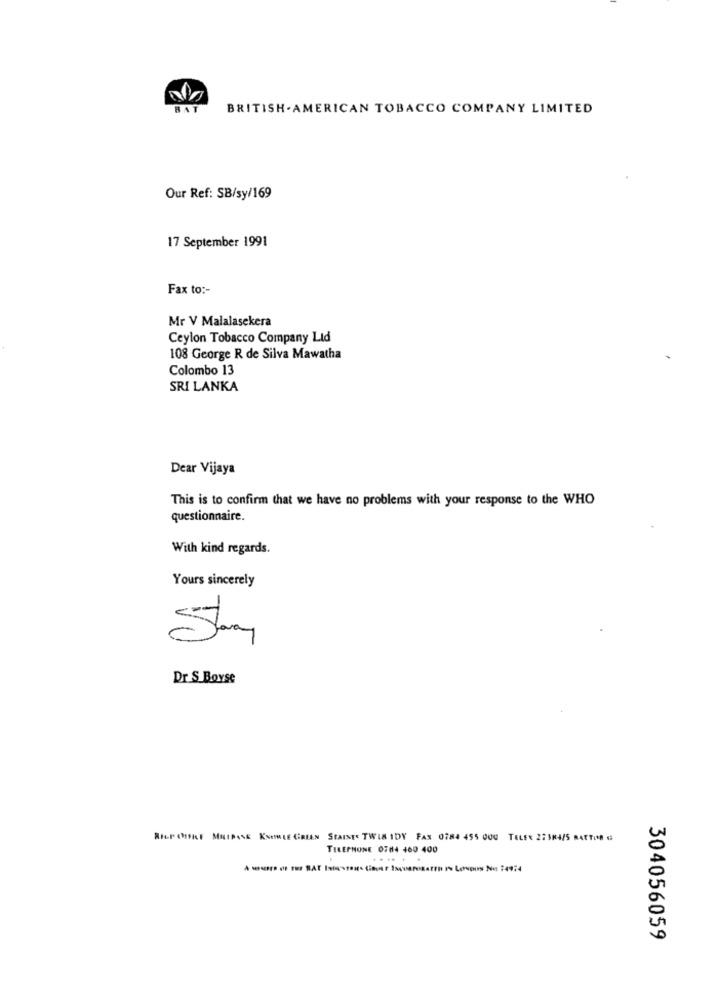
RAT
BRITISH. AMERICAN TOBACCO COMPANY LIMITED
Our Ref: SB/sy/169
17 September 1991
Fax to :-
Mr V Malalasekera
Ceylon Tobacco Company Ltd
108 George R de Silva Mawatha
Colombo 13
SRI LANKA
Dear Vijaya
This is to confirm that we have no problems with your response to the WHO
questionnaire.
With kind regards.
Yours sincerely
Stay
Dr S Boyse
Aler CIFRE MutPASE KSENLE CREEN STAIST< TWIS IDY FAX 0784 455 000 TELER 273H4/5 BARTIME G
TELEPHONE 0784 400 400
.....
304056059